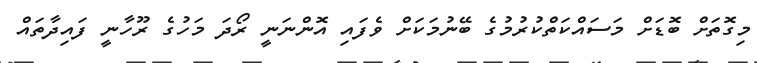
މިގޮތަށް ބޮޑަށް މަސައްކަތްކުރުމުގެ ބޭނުމަކަށް ވެފައި އޮންނަނީ ރޯދަ މަހުގެ ރޫހާނީ ފައިދާތައް